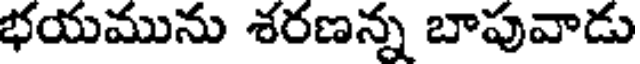
భయమును శరణన్న బాపువాడు